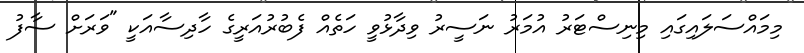
މިމައްސަލައިގައި މިނިސްޓަރު އުމަރު ނަސީރު ވިދާޅުވީ ހަތެއް ފެބުރުއަރީގެ ހާދިސާއަކީ "ވަރަށް ސާފު